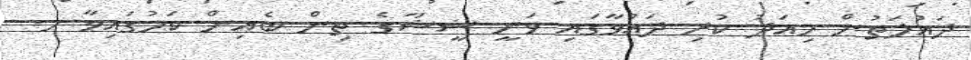
ދައުލަތުން މިއަދު ކުރި ދައުވާގައި ވަނީ ޝީޝާގެ ތިން ބެއިން ކަމުގައިވާ ހ.